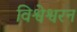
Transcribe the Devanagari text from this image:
विश्वेश्वरन